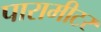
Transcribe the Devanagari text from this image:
पारामीटर